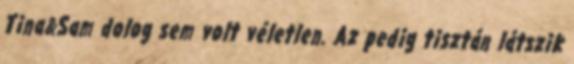
Tina&Sam dolog sem volt véletlen. Az pedig tisztán látszik